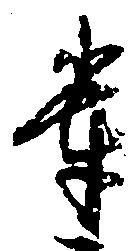
輩